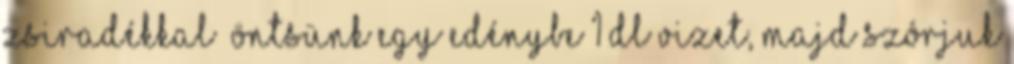
zsiradékkal Öntsünk egy edénybe 1 dl vizet, majd szórjuk